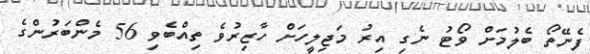
ފެނޭތޯ ބެލުމަށް ވޯޓު ނެގި އިރު މަޖިލީހަށް ހާޒިރުވެ ތިއްބެވި 56 މެންބަރުންގެ